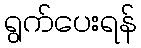
ရွက်ပေးရန်